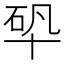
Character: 𠦦